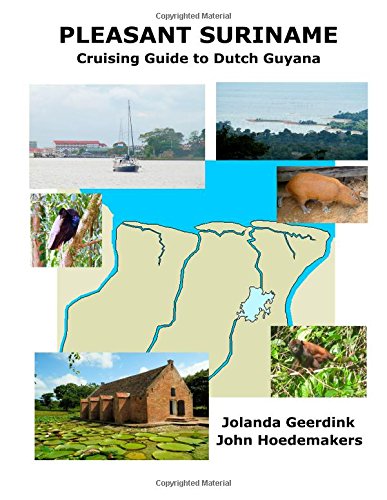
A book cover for Pleasant Suriname; John Hoedemakers; Travel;